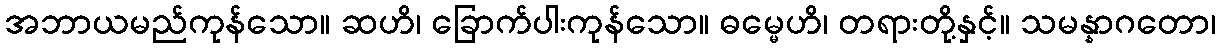
အဘာယမည်ကုန်သော။ ဆဟိ၊ ခြောက်ပါးကုန်သော။ ဓမ္မေဟိ၊ တရားတို့နှင့်။ သမန္နာဂတော၊